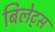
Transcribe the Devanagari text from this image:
बिलेट्स